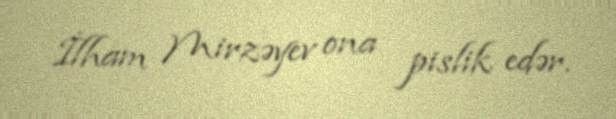
İlham Mirzəyev ona pislik edər.